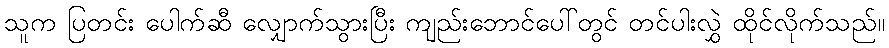
သူက ပြတင်း ပေါက်ဆီ လျှောက်သွားပြီး ကျည်းဘောင်ပေါ်တွင် တင်ပါးလွှဲ ထိုင်လိုက်သည်။